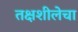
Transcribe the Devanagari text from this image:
तक्षशीलेचा